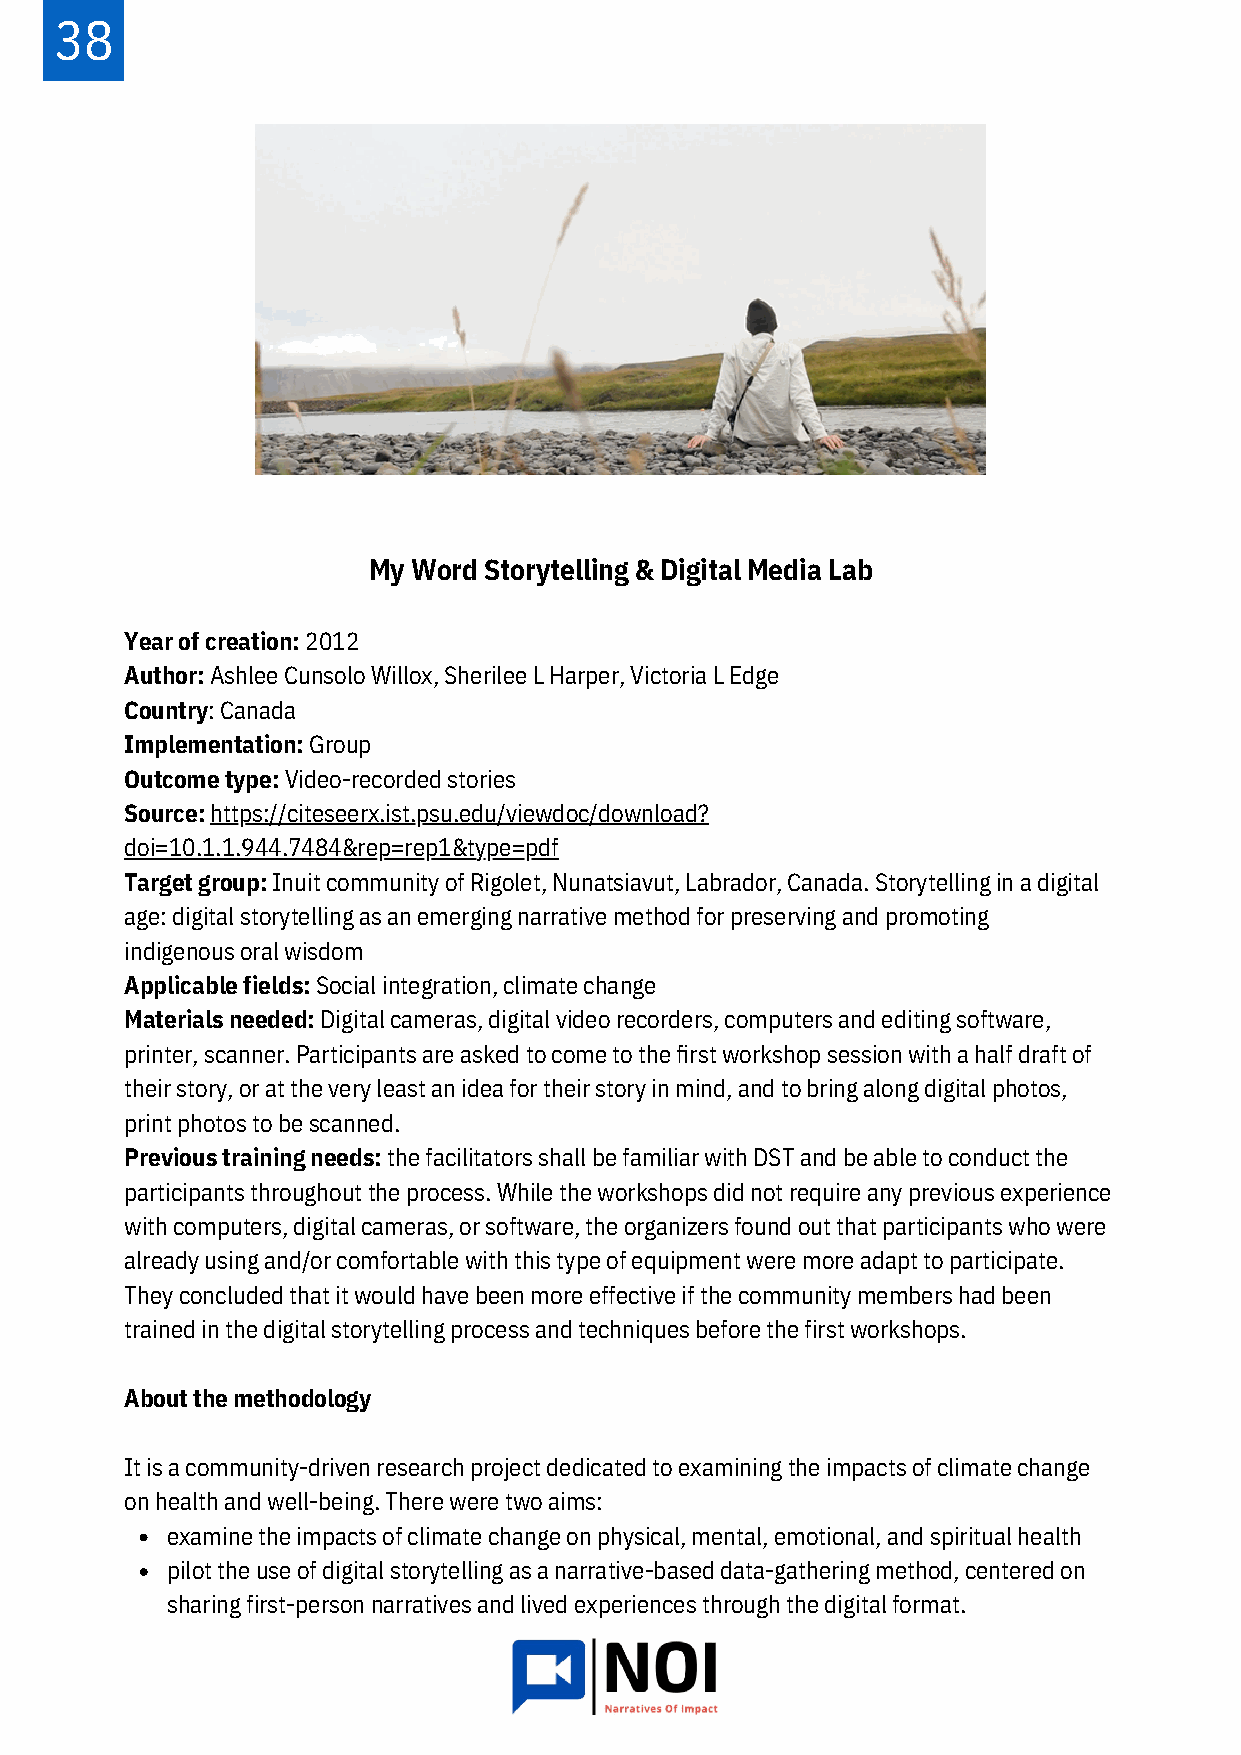
38
 My Word Storytelling & Digital Media Lab
 Year of creation: 2012
 Author: Ashlee Cunsolo Willox, Sherilee L Harper, Victoria L Edge
 Country: Canada
 Implementation: Group
 Outcome type: Video-recorded stories
 Source: https://citeseerx.ist.psu.edu/viewdoc/download?
 doi=10.1.1.944.7484&rep=rep1&type=pdf
 Target group: Inuit community of Rigolet, Nunatsiavut, Labrador, Canada. Storytelling in a digital
 age: digital storytelling as an emerging narrative method for preserving and promoting
 indigenous oral wisdom
 Applicable fields: Social integration, climate change
 Materials needed: Digital cameras, digital video recorders, computers and editing software,
 printer, scanner. Participants are asked to come to the first workshop session with a half draft of
 their story, or at the very least an idea for their story in mind, and to bring along digital photos,
 print photos to be scanned.
 Previous training needs: the facilitators shall be familiar with DST and be able to conduct the
 participants throughout the process. While the workshops did not require any previous experience
 with computers, digital cameras, or software, the organizers found out that participants who were
 already using and/or comfortable with this type of equipment were more adapt to participate.
 They concluded that it would have been more effective if the community members had been
 trained in the digital storytelling process and techniques before the first workshops.
 About the methodology
 It is a community-driven research project dedicated to examining the impacts of climate change
 on health and well-being. There were two aims:
 examine the impacts of climate change on physical, mental, emotional, and spiritual health
 pilot the use of digital storytelling as a narrative-based data-gathering method, centered on
 sharing first-person narratives and lived experiences through the digital format.